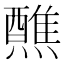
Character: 𬋕